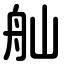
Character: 舢